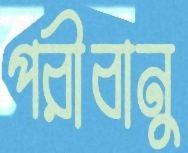
পরীবানু